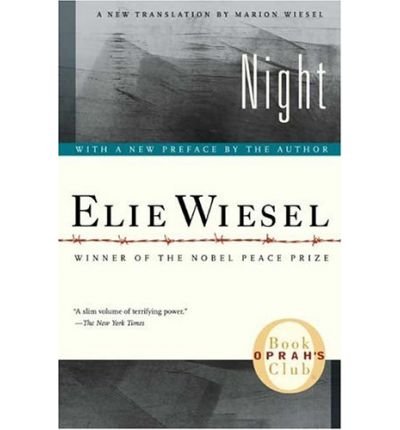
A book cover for Night; Elie Wiesel; Biographies & Memoirs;